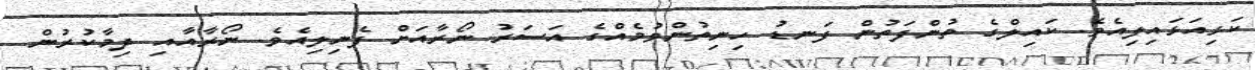
ކަޅިއަޅައިލިއެވެ. ކައިލްގެ ތުންފަތުން ފަނޑު ހިނިތުންވުމެއްގެ އަސަރު ނޯރާއަށް ފެނިލިއެވެ. ނޯރާއާއި ދިމާކުރުން